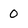
Character: 0